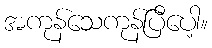
အကုန်သေကုန်ပြီပေါ့။